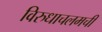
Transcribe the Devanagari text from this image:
विरुधाचलमची